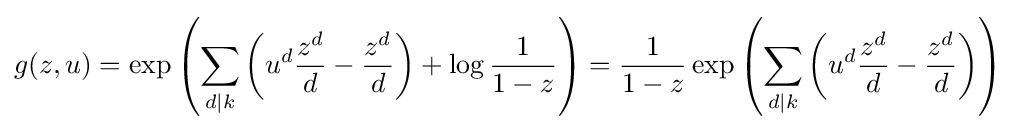
g(z,u)=\exp \left(\sum _{d\mid k}\left(u^{d}{\frac {z^{d}}{d}}-{\frac {z^{d}}{d}}\right)+\log {\frac {1}{1-z}}\right)={\frac {1}{1-z}}\exp \left(\sum _{d\mid k}\left(u^{d}{\frac {z^{d}}{d}}-{\frac {z^{d}}{d}}\right)\right)